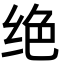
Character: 绝